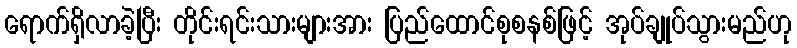
ရောက်ရှိလာခဲ့ပြီး တိုင်းရင်းသားများအား ပြည်ထောင်စုစနစ်ဖြင့် အုပ်ချုပ်သွားမည်ဟု